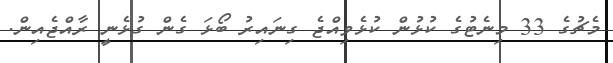
މެޗުގެ 33 މިނެޓުގެ ކުޅުން ކުޅެވިއްޖެ ގިނައިރު ބޯޅަ ގެން ގުޅެނީ ރާއްޖެއިން.